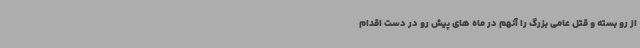
از رو بسته و قتل عامی بزرگ را آنهم در ماه های پیش رو در دست اقدام